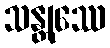
သန္တုဿေ